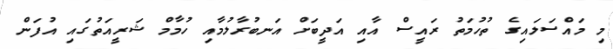
މި މައްސަލައިގެ ތުހުމަތު ރައީސް އާއި އަދީބަށް އަނބުރާލުމާއި ހުމާމް ޝަރީއަތުގައި އުފަން